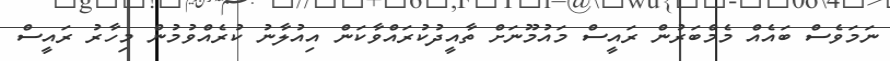
ނަމަވެސް ބައެއް މެމްބަރުން ރައީސް މައުމޫނަށް ތާއީދުކުރައްވާކަން އިއުލާނު ކުރެއްވުމުން މިހާރު ރައީސް